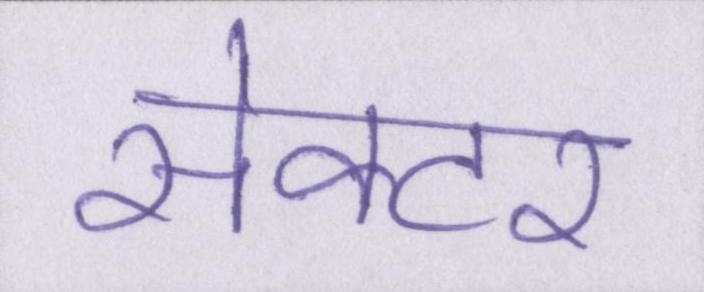
सेक्टर